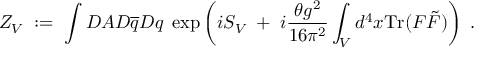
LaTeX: Z _ { V } \; : = \; \int { \cal D } A { \cal D } \overline { { { q } } } { \cal D } q \; \exp \left( i S _ { V } \; + \; i \frac { \theta g ^ { 2 } } { 1 6 \pi ^ { 2 } } \int _ { V } d ^ { 4 } x \mathrm { T r } ( F \tilde { F } ) \right) \; .